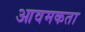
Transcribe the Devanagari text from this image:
आवमकता